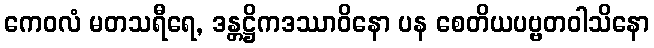
ကေဝလံ မတသရီရေ, ဒန္တဋ္ဌိကဒဿာဝိနော ပန စေတိယပဗ္ဗတဝါသိနော